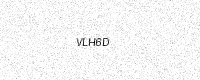
Text: VLH6D